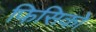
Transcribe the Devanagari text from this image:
फिसिको